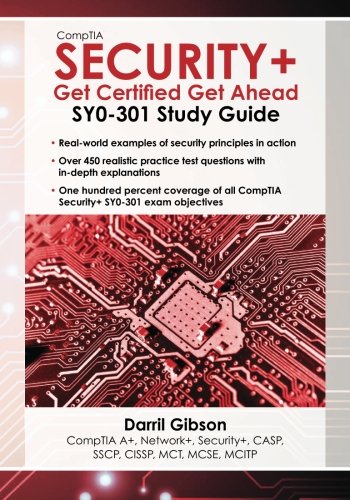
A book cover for CompTIA Security+: Get Certified Get Ahead: SY0-301 Study Guide; Darril Gibson; Computers & Technology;